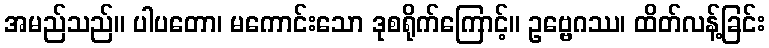
အမည်သည်။ ပါပတော၊ မကောင်းသော ဒုစရိုက်ကြောင့်။ ဥဗ္ဗေဂဿ၊ ထိတ်လန့်ခြင်း